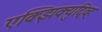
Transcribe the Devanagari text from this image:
एक्झिक्युटि्व्ह